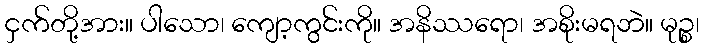
ငှက်တို့အား။ ပါသော၊ ကျော့ကွင်းကို။ အနိဿရော၊ အစိုးမရဘဲ။ မုဉ္စ၊